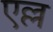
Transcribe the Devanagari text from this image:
एल्ल